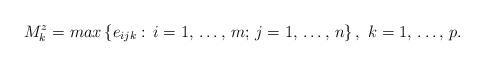
LaTeX: \begin{align*}M_{k}^{z}=max\left\{ e_{ijk}:\thinspace i=1,\thinspace \mathellipsis ,\thinspace m;\thinspace j=1,\thinspace \mathellipsis ,\thinspace n \right\},\thinspace \thinspace k=1,\thinspace \mathellipsis ,\thinspace p.\end{align*}